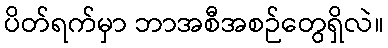
ပိတ်ရက်မှာ ဘာအစီအစဉ်တွေရှိလဲ။